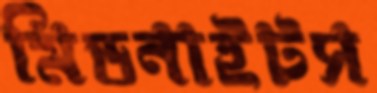
মিডনাইটস